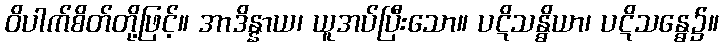
ဝိပါက်စိတ်တို့ဖြင့်။ အာဒိန္နာယ၊ ယူအပ်ပြီးသော။ ပဋိသန္ဓိယာ၊ ပဋိသန္ဓေ၌။